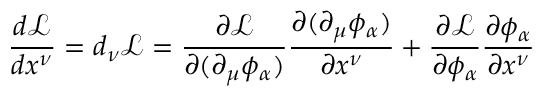
{ \frac { d { \mathcal { L } } } { d x ^ { \nu } } } = d _ { \nu } { \mathcal { L } } = { \frac { \partial { \mathcal { L } } } { \partial ( \partial _ { \mu } \phi _ { \alpha } ) } } { \frac { \partial ( \partial _ { \mu } \phi _ { \alpha } ) } { \partial x ^ { \nu } } } + { \frac { \partial { \mathcal { L } } } { \partial \phi _ { \alpha } } } { \frac { \partial \phi _ { \alpha } } { \partial x ^ { \nu } } }